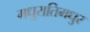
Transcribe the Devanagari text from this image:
मधुरातिमधुर